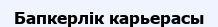
Бапкерлік карьерасы